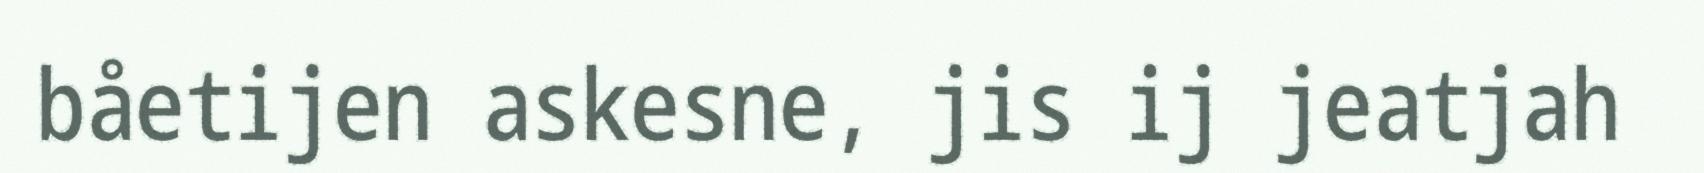
båetijen askesne, jis ij jeatjah